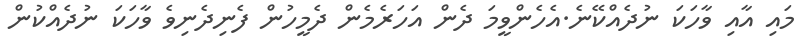
މައި އާއި ވާހަކަ ނުދެއްކޭނެ.އެހެންވީމަ ދެން އަހަރެމެން ދެމީހުން ފެނިދެނިވެ ވާހަކަ ނުދެއްކުން